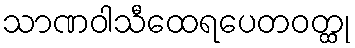
သာဏဝါသီထေရပေတဝတ္ထု